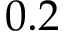
0 . 2